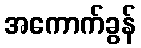
အကောက်ခွန်